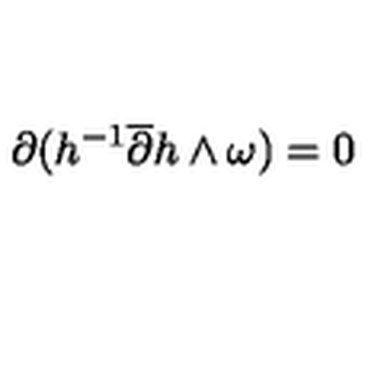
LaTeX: \partial ( h ^ { - 1 } \overline { { \partial } } h \wedge \omega ) = 0